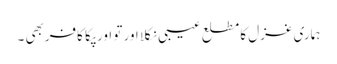
ہماری غزل کا مطلع عیبی نکلا اور تو اور پکا کافربھی ۔